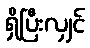
ရှိပြီးလျှင်